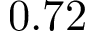
0 . 7 2